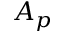
A _ { p }